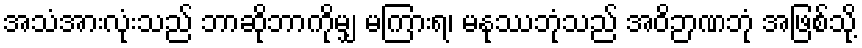
အသံအားလုံးသည် ဘာဆိုဘာကိုမျှ မကြားရ၊ မနုဿဘုံသည် အဝိဉာဏဘုံ အဖြစ်သို့